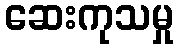
ဆေးကုသမှု